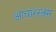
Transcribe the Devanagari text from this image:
आचाररत्नम्